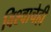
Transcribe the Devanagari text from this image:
विश्वाचेही